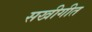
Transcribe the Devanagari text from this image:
सखीगीत